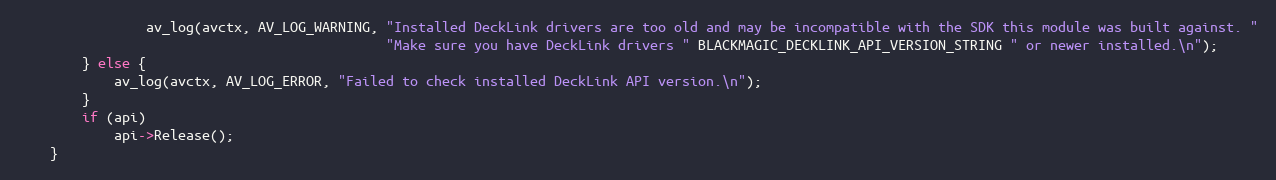
Language: C++
                av_log(avctx, AV_LOG_WARNING, "Installed DeckLink drivers are too old and may be incompatible with the SDK this module was built against. "
                                              "Make sure you have DeckLink drivers " BLACKMAGIC_DECKLINK_API_VERSION_STRING " or newer installed.\n");
        } else {
            av_log(avctx, AV_LOG_ERROR, "Failed to check installed DeckLink API version.\n");
        }
        if (api)
            api->Release();
    }